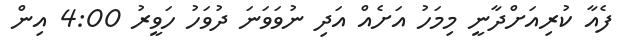
ފެއާ ކުރިއަށްދާނީ މިމަހު އަށެއް އަދި ނުވަވަނަ ދުވަހު ހަވީރު 4:00 އިން